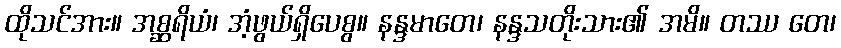
ထိုသင်အား။ အစ္ဆရိယံ၊ အံ့ဖွယ်ရှိပေစွ။ နန္ဒမာတေ၊ နန္ဒသတိုးသား၏ အမိ။ တဿ တေ၊